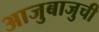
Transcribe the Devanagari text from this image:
आजुबाजुची